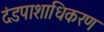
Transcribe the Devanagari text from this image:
दंडपाशाधिकरण